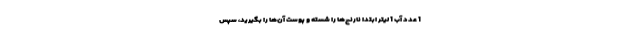
1 عدد آب 1 لیتر ابتدا نارنج‌ها را شسته و پوست آن‌ها را بگیرید، سپس